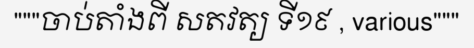
"""ចាប់តាំងពី សតវត្យ ទី១៩ , various"""